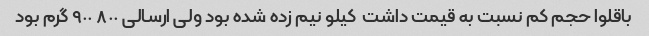
باقلوا حجم کم نسبت به قیمت داشت  کیلو نیم زده شده بود ولی ارسالی ٨٠٠ ٩٠٠ گرم بود